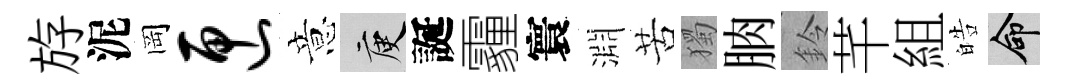
斿泥岡匣意庾誕霾寰淵苦獨朒鈴芊組皓命